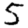
Digit: 5